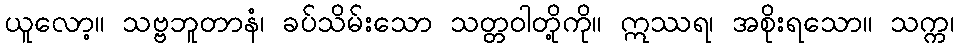
ယူလော့။ သဗ္ဗဘူတာနံ၊ ခပ်သိမ်းသော သတ္တဝါတို့ကို။ ဣဿရ၊ အစိုးရသော။ သက္က၊